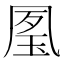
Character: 㓘